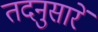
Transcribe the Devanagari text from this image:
तदनुसारें